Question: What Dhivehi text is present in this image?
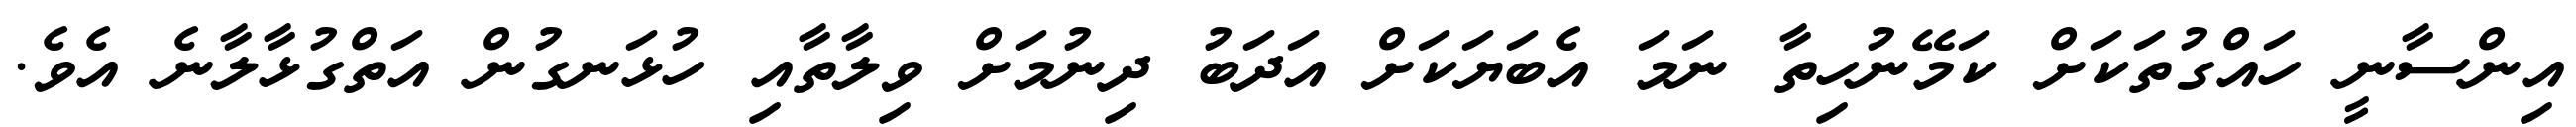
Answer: އިންސާނީ ހައްގުތަކަށް ކަމޭނުހިތާ ނަމަ އެބަޔަކަށް އަދަބު ދިނުމަށް ވިލާތާއި ހުޅަނގުން އަތްގުޅާލާނެ އެވެ.